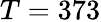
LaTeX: T=373